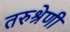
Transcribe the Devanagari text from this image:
तरुश्रेणी